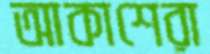
আকাশেরা